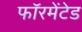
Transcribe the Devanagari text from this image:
फॉरमेंटेड